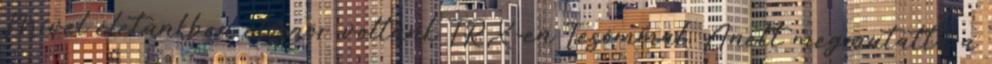
Mivel életünkben először voltunk TRX-en Tesómmal, Anett megmutatta a